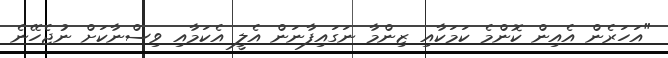
"އަހަރެން އެއިން ކޮންމެ ކަމަކާއި ޒިންމާ ނަގައިފާނަން އެލީ އެކަމާއި ވިސްނާކަށް ނުޖެހޭނެ